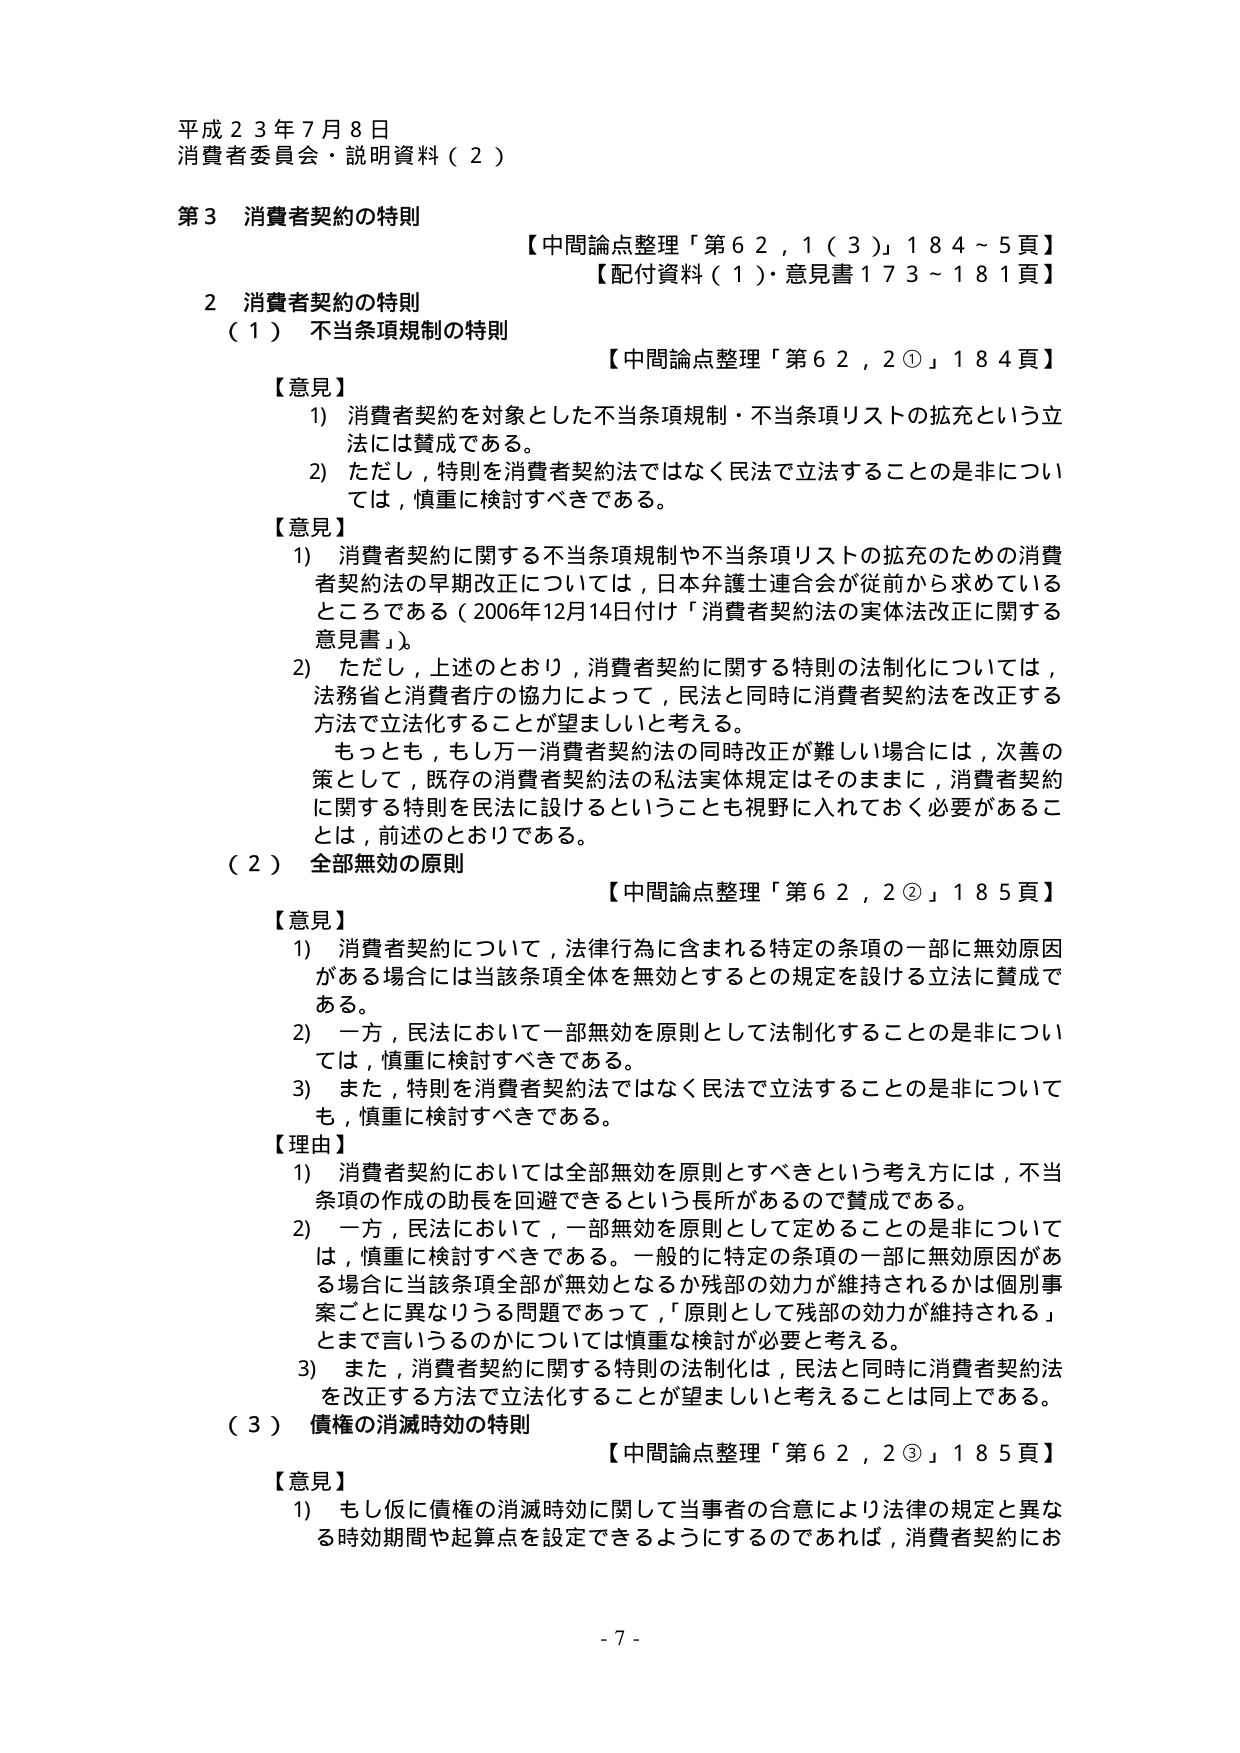
平成２３年７月８日
消費者委員会・説明資料（２）

第３ 消費者契約の特則
【中間論点整理「第６２，１（３）」１８４～５頁】
【配付資料（１）・意見書１７３～１８１頁】

２ 消費者契約の特則
（１） 不当条項規制の特則
【中間論点整理「第６２，２①」１８４頁】

【意見】
１） 消費者契約を対象とした不当条項規制・不当条項リストの拡充という立法には賛成である。
２） ただし，特則を消費者契約法ではなく民法で立法することの是非については，慎重に検討すべきである。

【意見】
１） 消費者契約に関する不当条項規制や不当条項リストの拡充のための消費者契約法の早期改正については，日本弁護士連合会が従前から求めているところである（2006年12月14日付け「消費者契約法の実体法改正に関する意見書」）。
２） ただし，上述のとおり，消費者契約に関する特則の法制化については，法務省と消費者庁の協力によって，民法と同時に消費者契約法を改正する方法で立法化することが望ましいと考える。
　もっとも，もし万一消費者契約法の同時改正が難しい場合には，次善の策として，既存の消費者契約法の私法実体規定はそのままに，消費者契約に関する特則を民法に設けるということも視野に入れておく必要があることは，前述のとおりである。

（２） 全部無効の原則
【中間論点整理「第６２，２②」１８５頁】

【意見】
１） 消費者契約について，法律行為に含まれる特定の条項の一部に無効原因がある場合には当該条項全体を無効とするとの規定を設ける立法に賛成である。
２） 一方，民法において一部無効を原則として法制化することの是非については，慎重に検討すべきである。
３） また，特則を消費者契約法ではなく民法で立法することの是非についても，慎重に検討すべきである。

【理由】
１） 消費者契約においては全部無効を原則とすべきという考え方には，不当条項の作成の助長を回避できるという長所があるので賛成である。
２） 一方，民法において，一部無効を原則として定めることの是非については，慎重に検討すべきである。一般的に特定の条項の一部に無効原因がある場合に当該条項全部が無効となるか残部の効力が維持されるかは個別事案ごとに異なりうる問題であって，「原則として残部の効力が維持される」とまで言いうるのかについては慎重な検討が必要と考える。
３） また，消費者契約に関する特則の法制化は，民法と同時に消費者契約法を改正する方法で立法化することが望ましいと考えることは同じである。

（３） 債権の消滅時効の特則
【中間論点整理「第６２，２③」１８５頁】

【意見】
１） もし仮に債権の消滅時効に関して当事者の合意により法律の規定と異なる時効期間や起算点を設定できるようにするのであれば，消費者契約にお

- 7 -